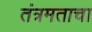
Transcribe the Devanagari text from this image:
तंत्रमताचा